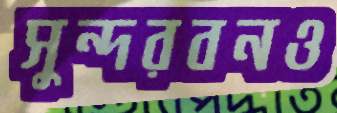
সুন্দরবনও